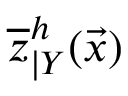
\overline { { z } } _ { \vert Y } ^ { h } ( \vec { x } )